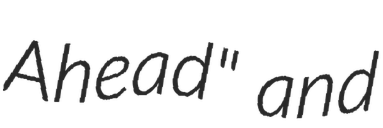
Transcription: Ahead" and